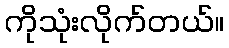
ကိုသုံးလိုက်တယ်။